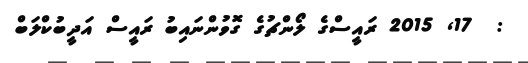
:  17